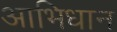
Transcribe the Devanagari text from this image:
आभिधान